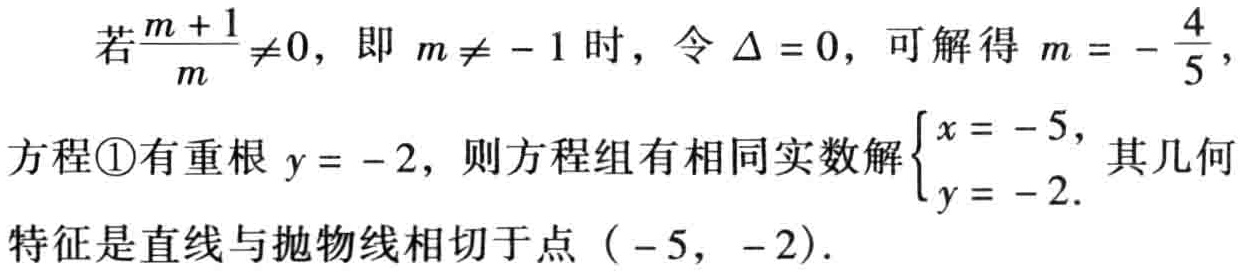
若$\frac{m + 1}{m} \neq 0$，即 $m \neq - 1$时，令 $\Delta = 0$，可解得 $m = - \frac{4}{5}$，

方程\textcircled{1}有重根 $y = - 2$，则方程组有相同实数解$\begin{cases}x = - 5,\\y = - 2.\end{cases}$其几何

特征是直线与抛物线相切于点 $(- 5, - 2)$．